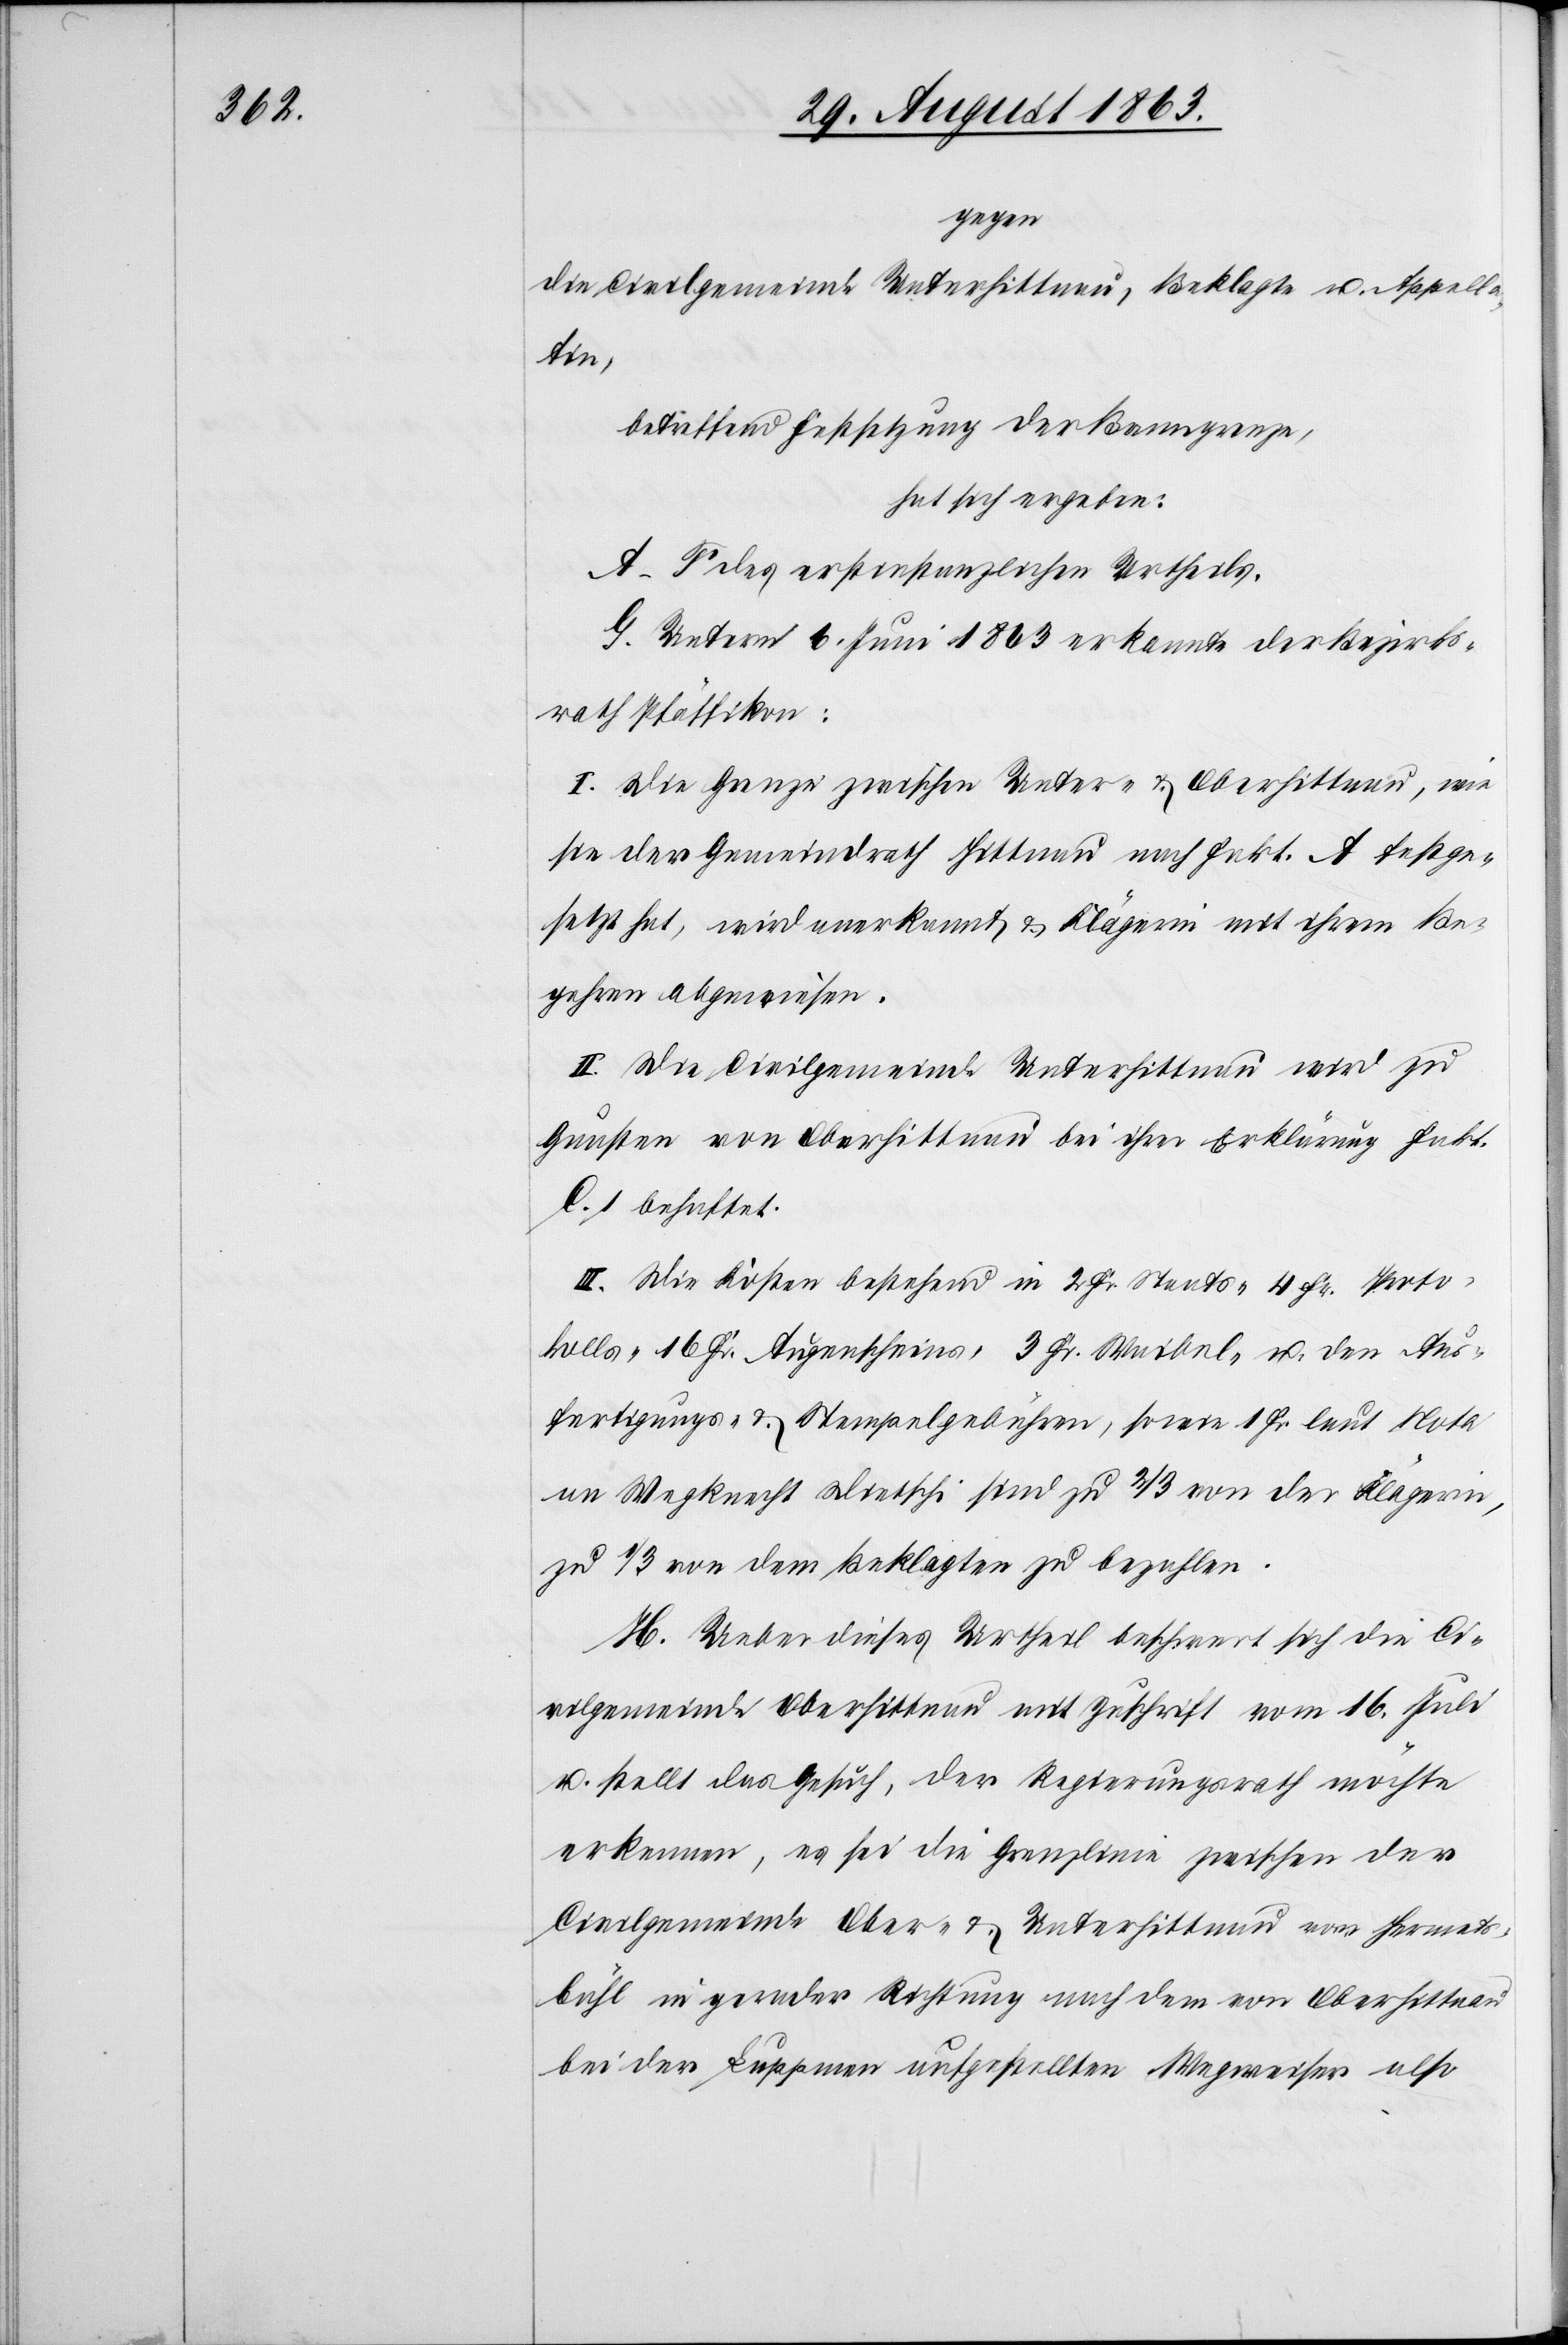
u.

gegen
die Civilgemeinde Unterhittnau, Beklagte u. Appella¬
Aus¬
betreffend Festsetzung der Banngrenze,
hat sich ergeben:
A–F des erstinstanzlichen Urtheils.
G. Unterm 6. Juni 1863 erkannte der Bezirks¬
rath Pfäffikon:
I. Die Grenze zwischen Unter- & Oberhittnau, wie
sie der Gemeindrath Hittnau nach Fakt. A festge¬
setzt hat, wird anerkannt & Klägerin mit ihrem Be¬
gehren abgewiesen.
II. Die Civilgemeinde Unterhittnau wird zu
Gunsten von Oberhittnau bei ihrer Erklärung Fakt.
C. 1 behaftet.
III. Die Kosten bestehend in 2 Fr. Staats-[,] 4 Fr. Proto¬
fertigungs- & Stempelgebühren, sowie 1 Fr. laut Nota
an Wegknecht Dietschi sind zu 2/3 von der Klägerin,
zu 1/3 von dem Beklagten zu bezahlen.
H. Ueber dieses Urtheil beschwert sich die Ci¬
vilgemeinde Oberhittnau mit Zuschrift vom 16. Juli
u. stellt das Gesuch, der Regierungsrath möchte
erkennen, es sei die Grenzlinie zwischen der
Civilgemeinde Ober- & Unterhittnau von Hermats¬
bühl in gerader Richtung nach dem von Oberhittnau
bei der Luppmen aufgestellten Wegweiser also